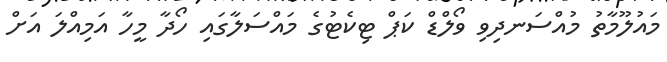
މައުލޫމާތު މުއްސަނދިވި ވޯލްޑް ކަޕް ޓިކެޓުގެ މައްސަލާގައި ހޯދާ މީހާ އަމިއްލަ އަށް